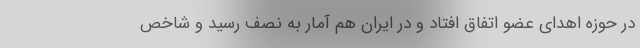
در حوزه اهدای عضو اتفاق افتاد و در ایران هم آمار به نصف رسید و شاخص